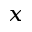
_ x